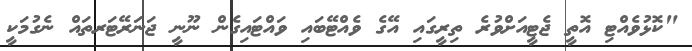
"ކޮޅުވެއްޓި އޮތީ ޖެޓީއަށްވުރެ ތިރީގައި އޭގެ ވެއްޓޭބައި ވައްޓައިގެން ނޫނީ ޖަނަރޭޓަރތައް ނެގުމަކީ